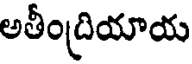
అతీంద్రియాయ